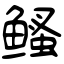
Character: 鳋